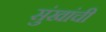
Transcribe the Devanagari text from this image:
सुंखांची